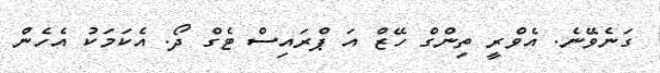
ގަނެވޭނެ. އެވްރީ ތިންގް ހޭޒް އަ ޕްރައިސް ޓެގް ދޯ. އެކަމަކު އެހެން